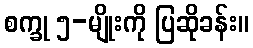
စက္ခု ၅-မျိုးကို ပြဆိုခန်း။